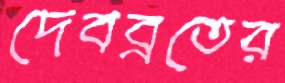
দেবব্রতের